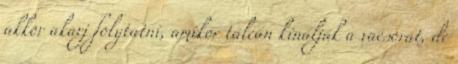
akkor akarj folytatni, amikor tálcán kínálják a vacsorát, de